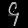
Digit: ၄